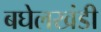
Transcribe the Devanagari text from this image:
बघेलखंडी